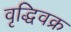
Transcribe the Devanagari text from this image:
वृद्धिवक्र